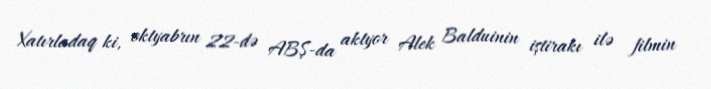
Xatırladaq ki, oktyabrın 22-də ABŞ-da aktyor Alek Balduinin iştirakı ilə filmin